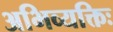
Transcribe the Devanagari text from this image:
अभिव्यक्तिः